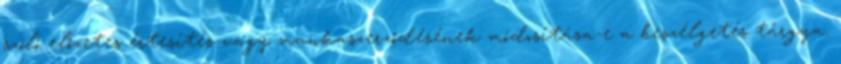
szóló előzetes értesítés vagy munkaszerződésének módosítása-e a beszélgetés tárgya.